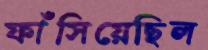
ফাঁসিয়েছিল